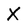
Character: X